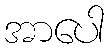
အာပေါ